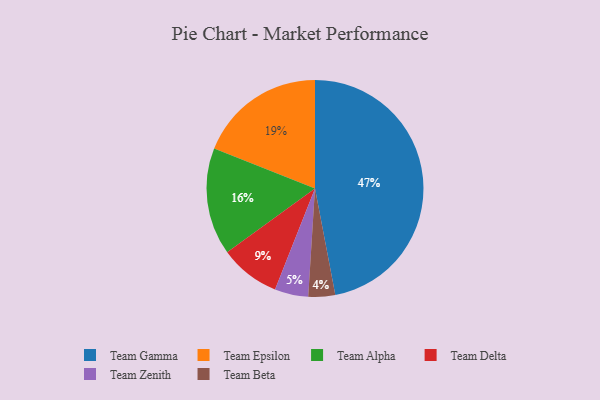
{"axis": {"x": "Category", "y": "Percentage"}, "legend": ["Team Alpha", "Team Beta", "Team Delta", "Team Epsilon", "Team Gamma", "Team Zenith"], "data": [{"x": "Team Delta", "y": 9, "type": "Team Delta"}, {"x": "Team Gamma", "y": 47, "type": "Team Gamma"}, {"x": "Team Zenith", "y": 5, "type": "Team Zenith"}, {"x": "Team Alpha", "y": 16, "type": "Team Alpha"}, {"x": "Team Beta", "y": 4, "type": "Team Beta"}, {"x": "Team Epsilon", "y": 19, "type": "Team Epsilon"}]}